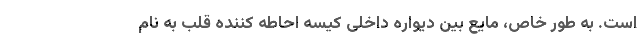
است. به طور خاص، مایع بین دیواره داخلی کیسه احاطه کننده قلب به نام